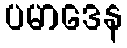
ပမာဒေန